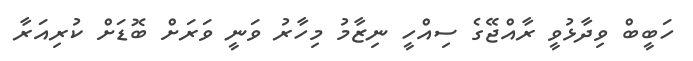
ހަބީބް ވިދާޅުވީ ރާއްޖޭގެ ސިއްހީ ނިޒާމު މިހާރު ވަނީ ވަރަށް ބޮޑަށް ކުރިއަރާ